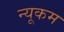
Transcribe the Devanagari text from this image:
न्यूकम